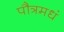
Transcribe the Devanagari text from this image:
पौत्रमधं